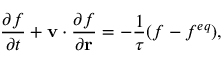
\frac { \partial f } { \partial t } + \mathbf { v } \cdot \frac { \partial f } { \partial \mathbf { r } } = - \frac { 1 } { \tau } ( f - f ^ { e q } ) ,